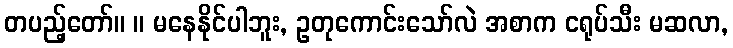
တပည့်တော်။ ။ မနေနိုင်ပါဘူး, ဥတုကောင်းသော်လဲ အစာက ငရုပ်သီး မဆလာ,